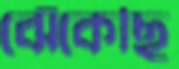
ঝেঁকেছি